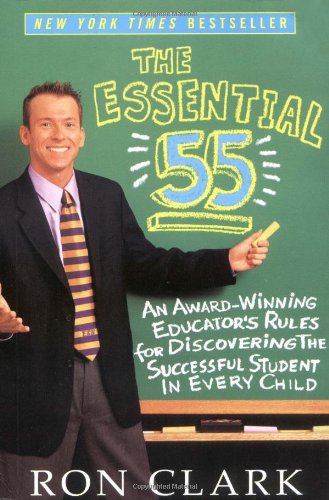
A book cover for The Essential 55: An Award-Winning Educator's Rules For Discovering the Successful Student in Every Child; Ron Clark; Education & Teaching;